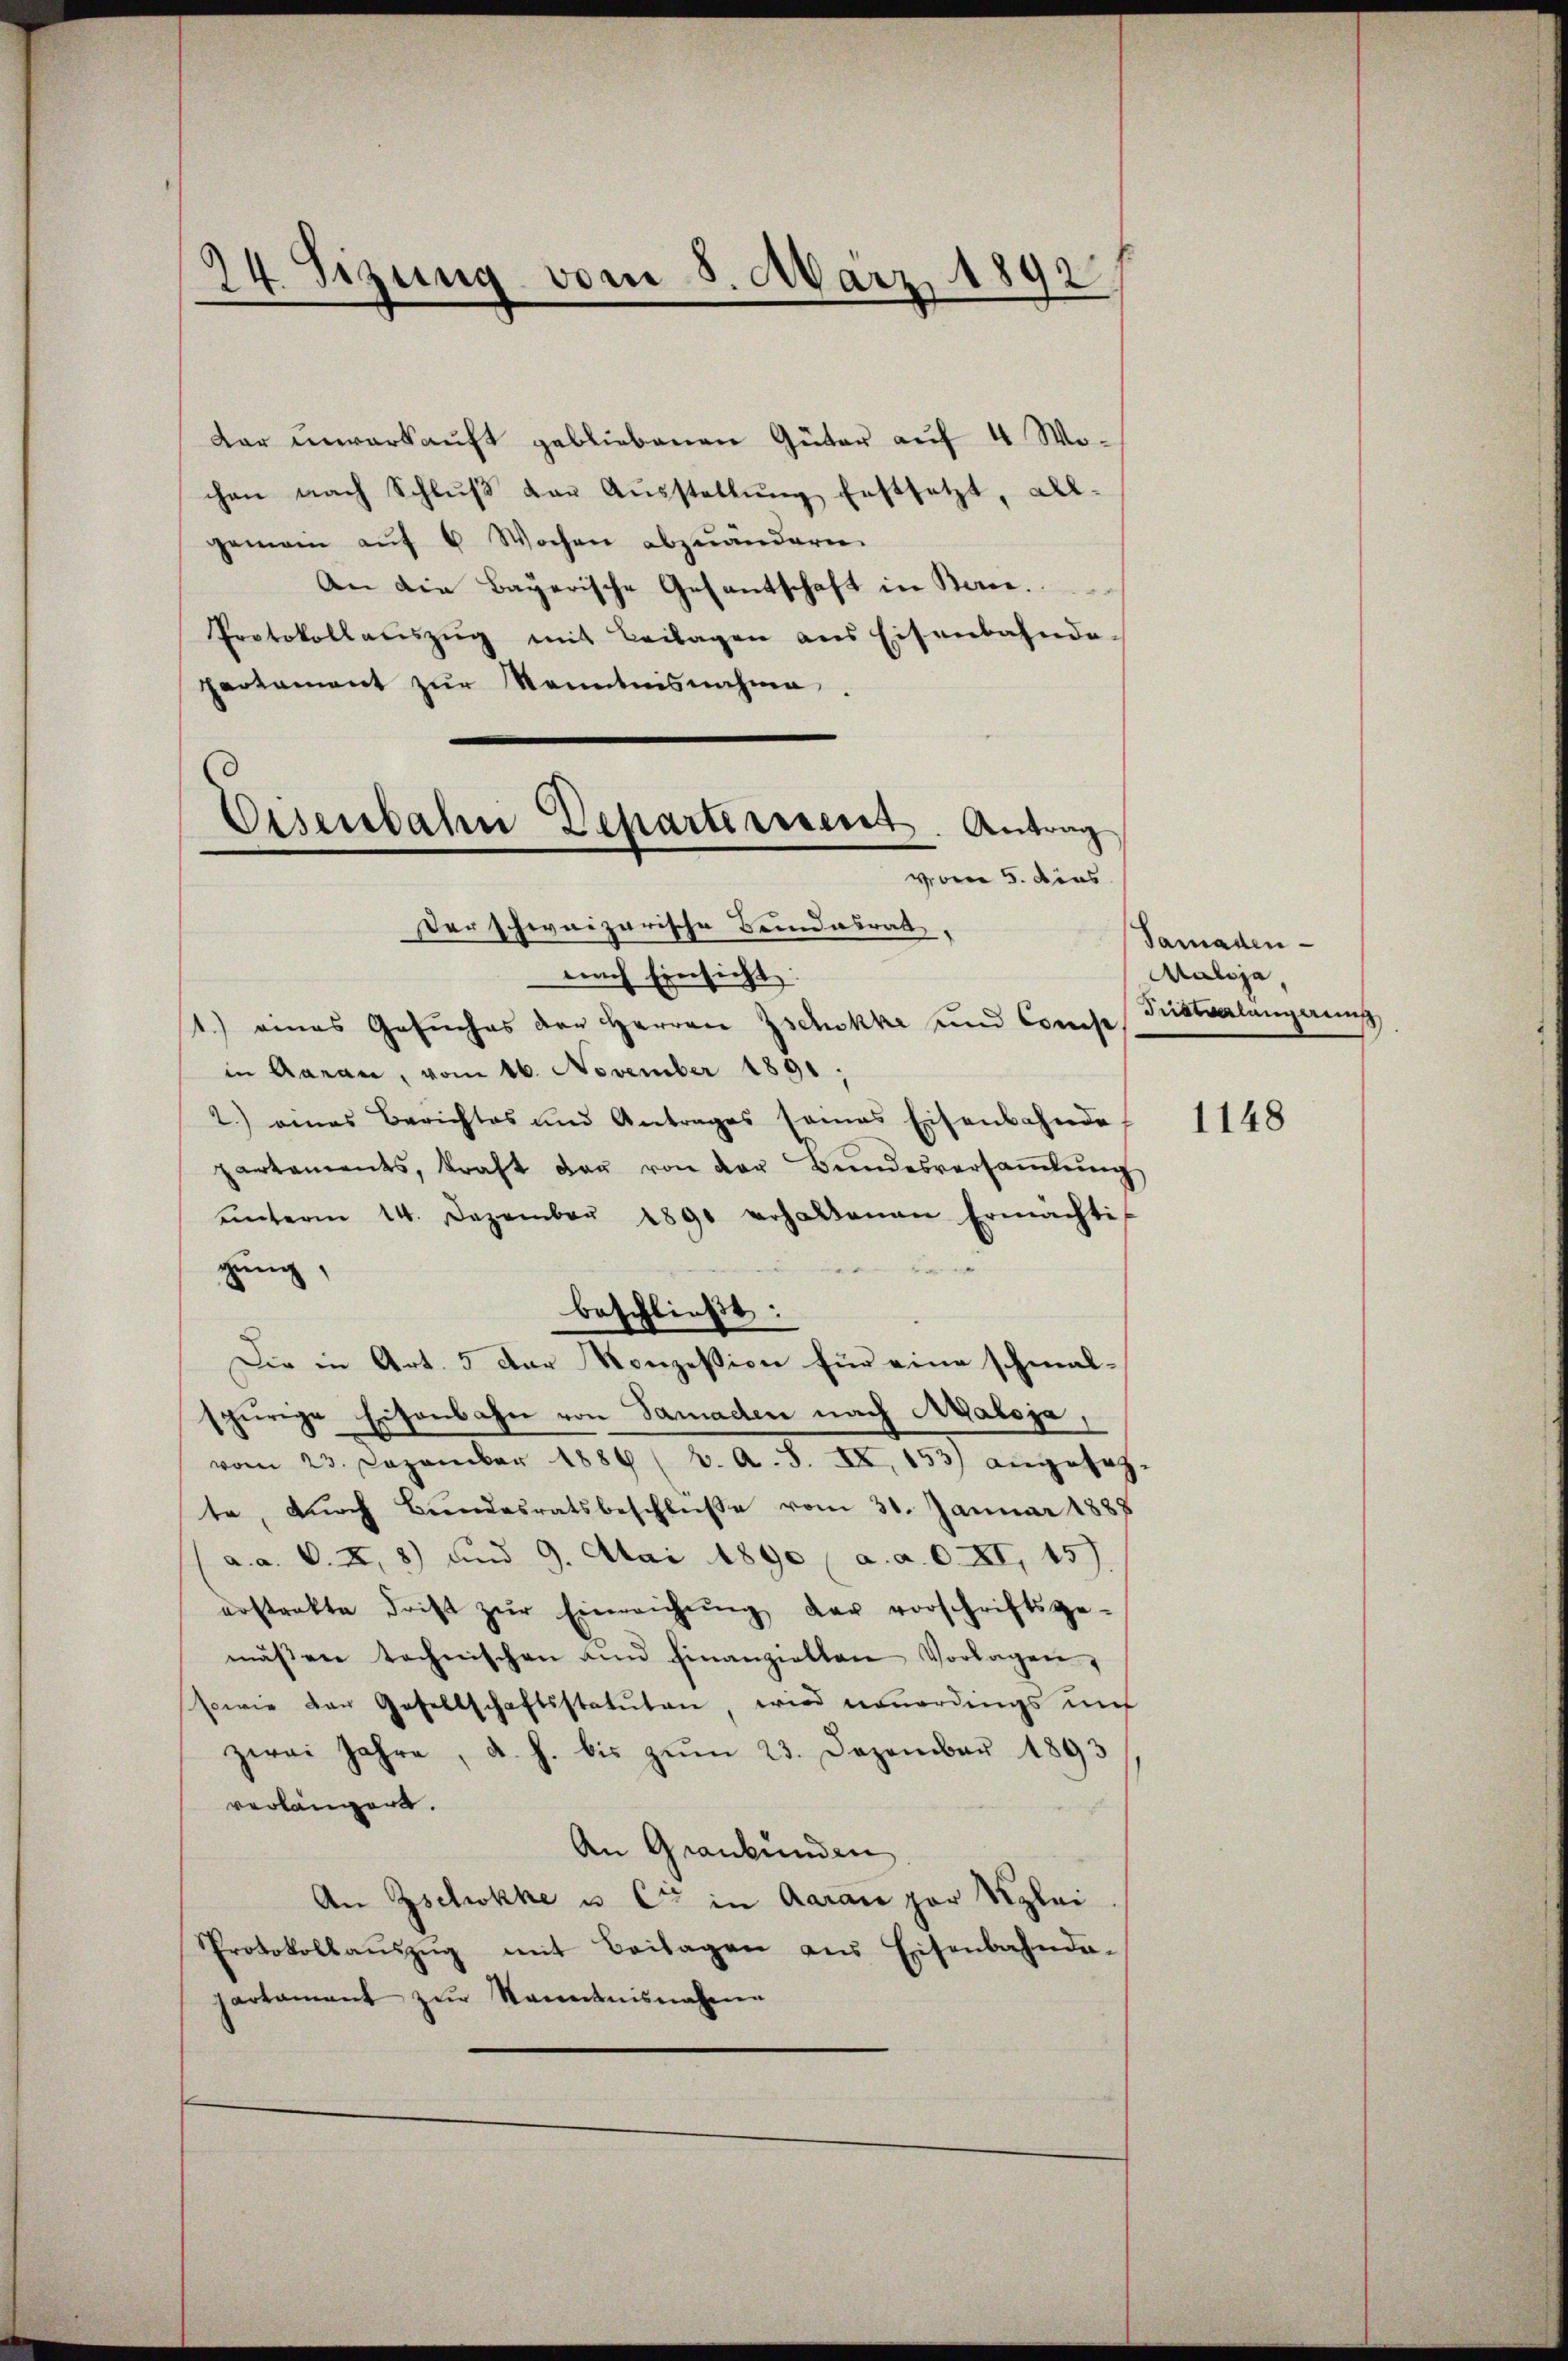
24 Sizung vom 8. März 1892

dar unverkauft gebliebenen Güter auf 4 Wochen nach Schlŭβ von Aŭsstellŭng festsetzt, all-
gemein aŭf 6 Wochen abzuändern.
An die Bayerische Gesantschaft in Bern.
Protokollauszug mit Beilagen aus Eisenbahnda-
partament zur Kenntnisnahme.
Eisenbahn Departissent. Antrag

vom 5. dies
Der schweizerische Bundesrath,
nach Einsicht:

1) eines Gesuches der Herren Zschokke und Const
in Garan, vom 16. November 1891;
2.) eines Berichtes und Antrages seines Eisenbahnde
partaments, kraft der von der Bŭndesversaṁlŭng
ŭnterm 14. Dezember 1891 erhaltenen Ermächti
gung
beschließt:
Die in Art. 5 der Konzession für eine schmal-
spürige Eisenbahn von Samaden nach Axaloja,
vom 23. Dezember 1886 (2. A. S. IX. 153) angesetz
te, durch Bundesratsbeschluße vom 31. Januar 1888
a. a. O. II, 8) und 9. Mai 1890 (a. a. 0. XI, 15
erstrakte Frist zŭr Einreichŭng der vorschriftsge-
maβen technischen und hinanziellen Vorlagen,
sowie der Gesellschaftsstatuten, wird neuerdings uns
zwei Jahre, d. h. bis zŭm 23. Dezember 1893
verlängert.
An Graubünden
An Zschokke u. Cie in Aarau par Klei
Protokollaŭszŭg mit Beilagen ans Eisenbahnda-
partamant zŭr Kenntnisnahmen

Tamaden
Maloja,
Mietverlangerung

1148